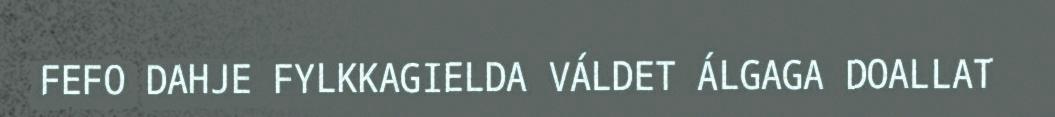
FEFO DAHJE FYLKKAGIELDA VÁLDET ÁLGAGA DOALLAT